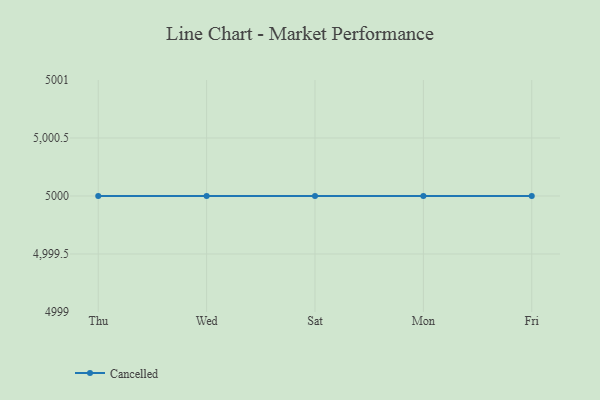
{"axis": {"x": "Day", "y": "Headcount"}, "legend": ["Cancelled"], "data": [{"x": "Thu", "y": 5000, "type": "Cancelled"}, {"x": "Wed", "y": 5000, "type": "Cancelled"}, {"x": "Sat", "y": 5000, "type": "Cancelled"}, {"x": "Mon", "y": 5000, "type": "Cancelled"}, {"x": "Fri", "y": 5000, "type": "Cancelled"}]}